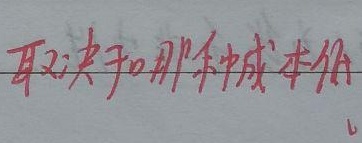
取决于哪种成本低